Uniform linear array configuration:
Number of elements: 64
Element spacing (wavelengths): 0.25
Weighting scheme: hamming
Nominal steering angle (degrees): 30
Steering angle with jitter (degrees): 31.34
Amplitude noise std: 0.05
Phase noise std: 0.05

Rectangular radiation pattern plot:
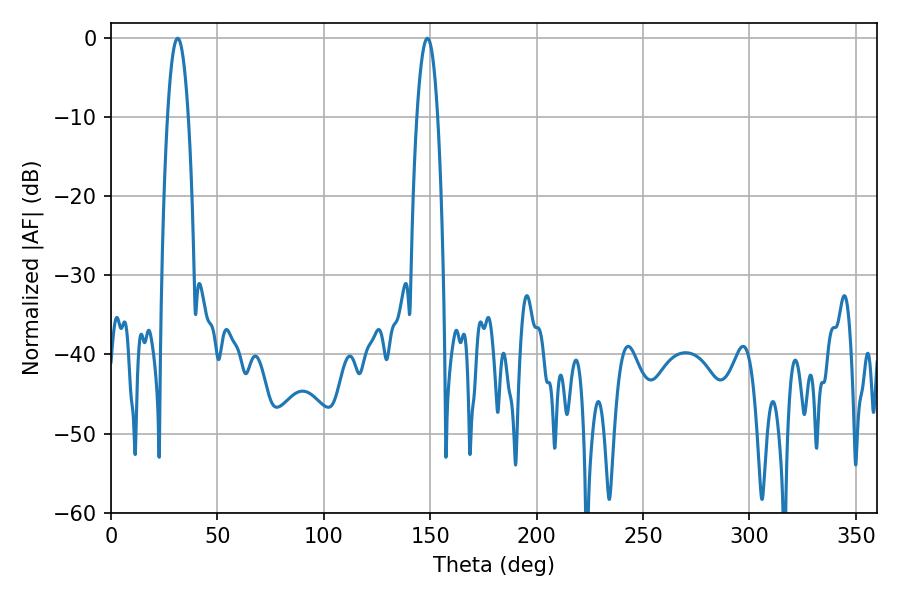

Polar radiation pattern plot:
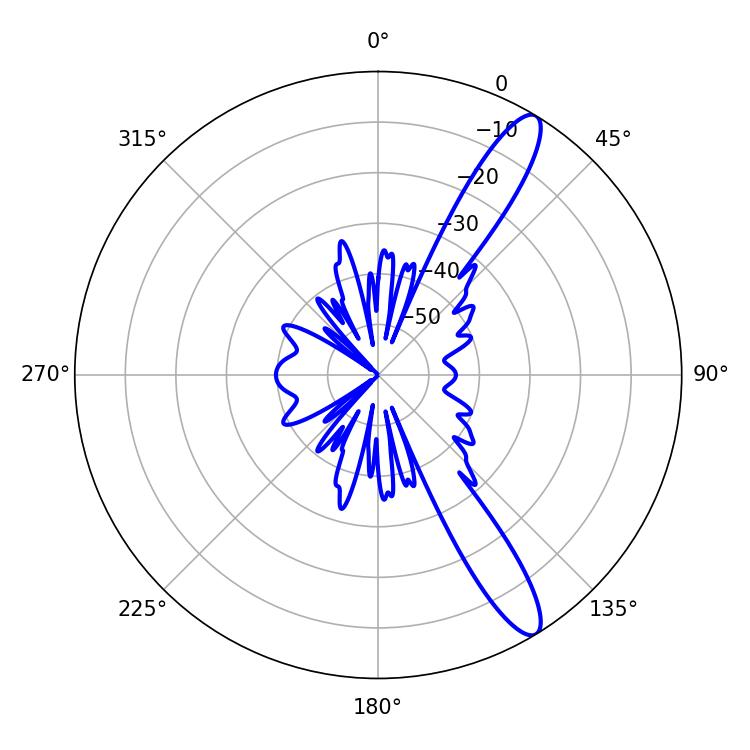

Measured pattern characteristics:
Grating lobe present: FALSE
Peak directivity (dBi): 12.768
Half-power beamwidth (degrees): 5.4
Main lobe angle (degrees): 31.32